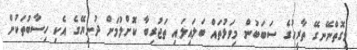
މިގޮތްނޭނގޭ ތާރީހުގެ ސަބަބުން މިވަޅުތައް ބަލައިލައި ތަޖުރިބާ ކޮށްލުމަށް ދުނިޔޭގެ އެކި ހިސާބުތަކުން